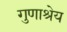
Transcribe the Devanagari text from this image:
गुणाश्रेय